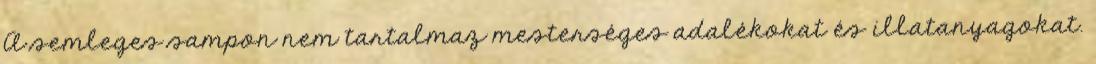
A semleges sampon nem tartalmaz mesterséges adalékokat és illatanyagokat.